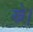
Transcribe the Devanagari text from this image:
खे।